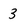
Character: 3